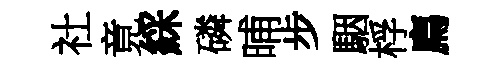
社竟綵磷晡步駰桴廌